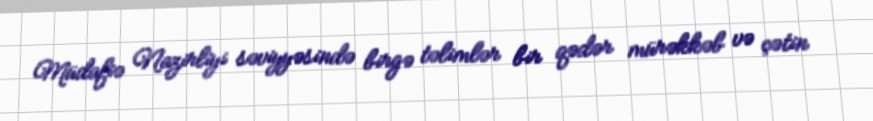
Müdafiə Nazirliyi səviyyəsində birgə təlimlər bir qədər mürəkkəb və çətin